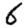
Digit: 6